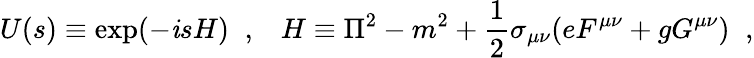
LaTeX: U(s)\equiv\exp(-\mathit{i}sH)\; \; ,\; \; \; H\equiv\Pi^{2}-m^{2}+\frac{{1}}{{2}}\sigma_{\mu\nu}(eF^{\mu\nu}+gG^{\mu\nu})\; \; ,